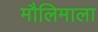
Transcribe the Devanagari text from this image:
मौलिमाला